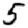
Digit: 5